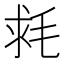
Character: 𣭳